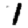
Digit: 1